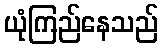
ယုံကြည်နေသည်